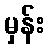
မှန်း